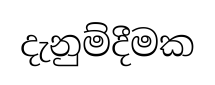
දැනුම්දීමක